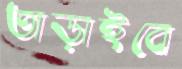
তাড়াইবে